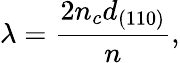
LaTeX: \lambda=\frac{2n_{c}d_{(110)}}{n},